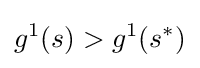
g^{1}(s)>g^{1}(s^{*})